Vaccination United Provinces of Agra and Oudh 1902-1913 - 1902-1913
Year: 1902
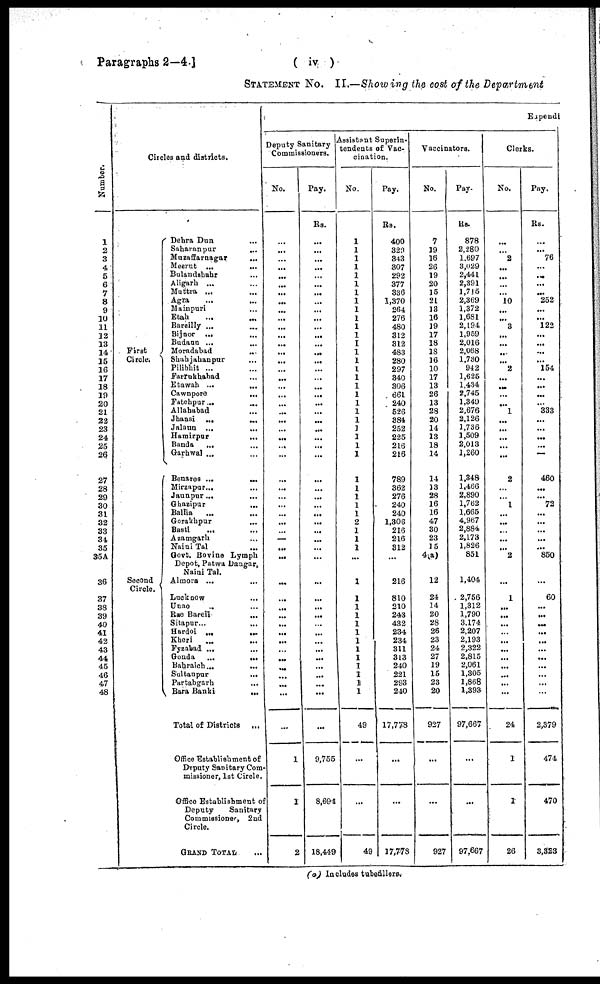
Paragraphs 2—4.]
( iv )
STATEMENT No. II.—Showing the cost of the Department
Number.
1
2
3
4
5
6
7
8
9
10
11
12
13
14
15
16
17
18
19
20
21
22
23
24
25
26
27
28
29
30
31
32
33
34
35
35A
36
37
38
39
40
41
42
43
44
45
46
47
48
Circles and districts.
First
Circle.
Second
Circle.
Dehra Dun ...
Saharanpur
...
Muzaffarnagar ...
Meerut ...
...
Bulandshahr ...
Aligarh ... ...
Muttra ... ...
Agra ... ...
Mainpuri ...
Etah ... ...
Bareilly ... ...
Bijnor ... ...
Budaun ...
...
Moradabad ...
Shahjahanpur ...
Pilibhit ... ...
Farrukhabad ...
Etawah ...
...
Cawnpore
...
Fatehpur ... ...
Allahabad ...
Jhansi ...
...
Jalaun ...
...
Hamirpur
...
Banda
... ...
Garhwal ... ...
Benares ...
...
Mirzapur ...
Jaunpur ...
...
Ghazipur ...
Ballia ... ...
Gorakhpur ...
Basti
...
...
Azamgarh ... ...
Naini Tal ... ...
Govt. Bovine Lymph
Depot, Patwa Dangar,
Naini Tal.
Almora ... ...
Lucknow ... ...
Unao ... ...
Rae Bareli ... ...
Sitapur ...
...
Hardoi ...
...
Kheri
...
...
Fyzabad ... ...
Gonda
...
...
Bahraich ...
...
Sultanpur
...
Partabgarh ...
Bara Banki
...
Total of Districts
...
Office Establishment of
Deputy Sanitary Com¬
missioner, 1st Circle.
Office Establishment of
Deputy
Sanitary
Commissioner, 2nd
Circle.
GRAND TOTAL ...
Expendi
Deputy Sanitary
Commissioners.
No.
...
...
...
...
...
...
...
...
...
...
...
...
...
...
...
...
...
...
...
...
...
...
...
...
...
...
...
...
...
...
...
...
...
...
...
...
...
...
...
...
...
...
...
...
...
...
...
...
...
...
1
1
2
Pay.
Rs.
...
...
...
...
...
...
...
...
...
...
...
...
...
...
...
...
...
...
...
...
...
...
...
...
...
...
...
...
...
...
...
...
...
...
...
...
...
...
...
...
...
...
...
...
...
...
...
...
...
...
9,755
8,694
18,449
Assistant Superin¬
tendents of Vac-
cination.
No.
1
1
1
1
1
1
1
1
1
1
1
1
1
1
1
1
1
1
1
1
1
1
1
1
1
1
1
1
1
1
1
2
1
1
1
...
1
1
1
1
1
1
1
1
1
1
1
1 1
49
...
...
49
Pay.
Rs.
400
329
343
307
292
377
336
1,370
264
276
480
312
312
483
280
297
340
306
661
240
526
384
252
225
216
216
789
362
276
240
240
1,306
216
216
312
216
810
210
243
432
234
234
311
313
240
221
293
240
17,778
...
...
17,778
Vaccinators.
No.
7
19
16
26
19
20
15
21
13
16
19
17
18
18
16
10
17
13
26
13
28
20
14
13
18
14
14
13
28
16
16
47
30
23
15
4(a)
12
24
14
20
28
26
23
24
27
19
15
23
20
927
...
...
927
Pay.
Rs.
878
2,280
1,697
3,029
2,441
2,391
1,715
2,369
1,372
1,681
2,194
1,959
2,016
2,068
1,730
942
1,625
1,434
2,745
1,349
2,676
2,126
1,736
1,509
2,013
1,260
1,348
1,466
2,890
1,762
1,665
4,967
2,884
2,173
1,826
851
1,404
2,756
1,312
1,790
3,174
2,207
2,193
2,322
2,815
2,061
1,305
1,868
1,393
97,667
...
...
97,667
Clerks.
No.
...
...
2
...
...
...
...
10
...
...
3
...
...
...
...
2
...
...
...
...
1
...
...
...
...
...
2
...
...
1
...
...
...
...
...
2
...
1
...
...
...
...
...
...
...
...
...
...
...
24
1
1
26
Pay.
Rs.
...
...
76
...
...
...
...
252
...
...
122
...
...
...
...
154
...
...
...
...
333
...
...
...
...
...
460
...
...
72
...
...
...
...
...
850
...
60
...
...
...
...
...
...
...
...
...
...
...
2,379
474
470
3,323
(a) Includes tubefillers.